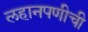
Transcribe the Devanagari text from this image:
लहानपणीची